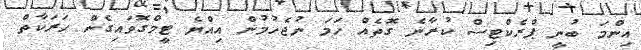
އިންމަ ބުނީ ޕްރެކްޓިސް ކުރާނެ ގޮތެއް ހަމަ ނުޖެހުމުން އިއްޔެ ޓީމްގޮވައިގެން ހަރަކާތް